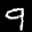
Label: 9